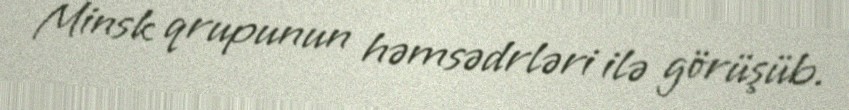
Minsk qrupunun həmsədrləri ilə görüşüb.